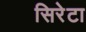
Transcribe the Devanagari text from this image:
सिरेटा